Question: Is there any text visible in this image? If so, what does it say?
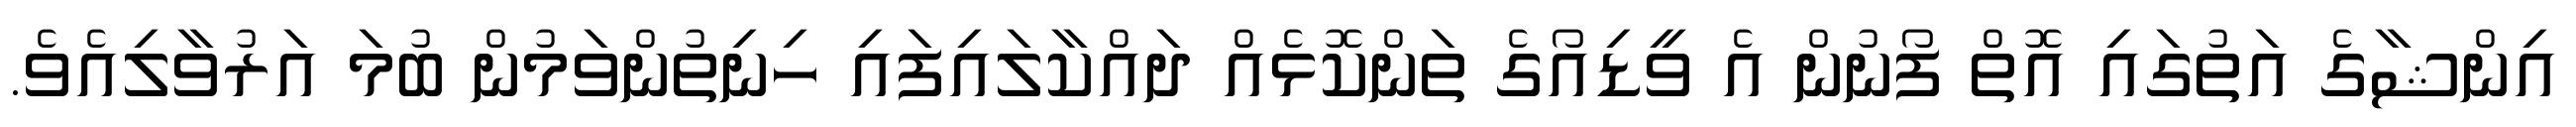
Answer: އިންޝާގެ އަތުގައި އޮތް ފޯނުން އެ ވީޑިއޯގެ ތަންކޮޅެއް ދައްކާލައިފައި ހިނިތުންވަމުން ބުމަ އަރުވާލިއެވެ.